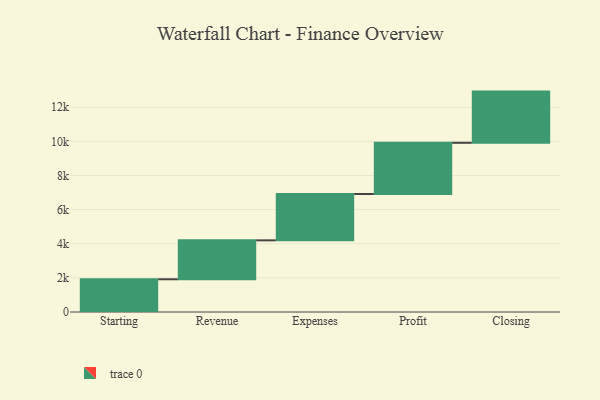
{"axis": {"x": "Step", "y": "Value"}, "legend": [""], "data": [{"x": "Starting", "y": 1918.0, "type": ""}, {"x": "Revenue", "y": 2281.0, "type": ""}, {"x": "Expenses", "y": 2718.0, "type": ""}, {"x": "Profit", "y": 3000, "type": ""}, {"x": "Closing", "y": 3000, "type": ""}]}